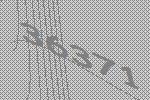
36371